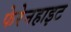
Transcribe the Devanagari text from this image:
फेरेनहाइट